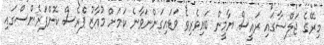
މިރޭގެ ޖަލްސާގައި ރައީސް ޔާމީން ބައިވެރިވެ ވަޑައިގަންނަވާނެ ކަމަށް މުއާޒު ޕްރެސް ކޮންފަރެންސްގައި